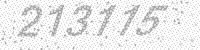
Solution: 213115